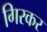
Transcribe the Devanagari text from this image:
गिरकर